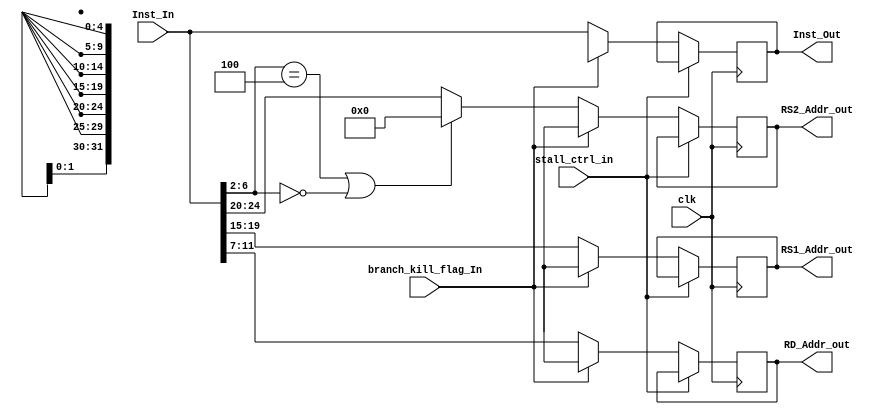
`timescale 1ns / 1ps
//////////////////////////////////////////////////////////////////////////////////
// Company: 
// Engineer: 
// 
// Design Name: 
// Module Name: IF_DE_REG
// Project Name: 
// Target Devices: 
// Tool Versions: 
// Description: 
// 
// Dependencies: 
// 
// Revision:
// Revision 0.01 - File Created
// Additional Comments:
// 
//////////////////////////////////////////////////////////////////////////////////


module IF_DE_REG(input clk,
                 input[31:0] Inst_In,
                 input branch_kill_flag_In,
                 input stall_ctrl_in,
                 output reg[31:0] Inst_Out,
                 output reg[4:0] RS1_Addr_out,
                 output reg[4:0] RS2_Addr_out,
                 output reg[4:0] RD_Addr_out           
                    );
                    
    parameter IMMEDIATE_TYPE = 5'b00100;
    parameter LOAD_TYPE = 5'b00000;
    
    initial
    begin
        Inst_Out <= 32'dx;
        RS1_Addr_out <= 5'dx;
        RS2_Addr_out <= 5'dx;
        RD_Addr_out <= 5'dx;
    end
    
    always@(posedge clk)
    begin
        // If a stall signal is recieved from the stall control unit, 
        //The same previous instruction is being fetched in next cycle.
        if(stall_ctrl_in == 1'b1)
        begin
            Inst_Out <= Inst_Out;
            RS1_Addr_out <= RS1_Addr_out;
            RS2_Addr_out <= RS2_Addr_out;
            RD_Addr_out <= RD_Addr_out;
        end 
        
        // If a branch is taken, then the instructions in the fetch and the decode stage should to be killed.
        // Hence, these content aren't to be transmitted to the next stages.
        // To achieve this, an xx is being sent to the next stages.
        else if(branch_kill_flag_In == 1'd1)
        begin
            Inst_Out <= 32'dx;
            RS1_Addr_out <= 5'dx;
            RS2_Addr_out <= 5'dx;
            RD_Addr_out <= 5'dx;
        end
        else
        begin
            //If a stall or branch doesn't occur, the current instruction is processed to read out
            //  a) RS1_Addr
            //  b) RS2_Addr
            //  c) RD_Addr
            Inst_Out <= Inst_In;
            RS1_Addr_out <= Inst_In[19:15];
            
            if((Inst_In[6:2] == IMMEDIATE_TYPE) || (Inst_In[6:2] == LOAD_TYPE))
                RS2_Addr_out <= 5'd0;
            else
                RS2_Addr_out <= Inst_In[24:20];
                
            RD_Addr_out <= Inst_In[11:7];
        end
        
    end
    
    
endmodule